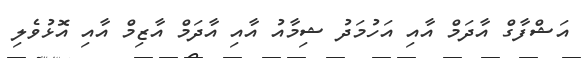
އަޝްފާގް އާދަމް އާއި އަހުމަދު ޝިމާއު އާއި އާދަމް އާޒިމް އާއި އޮޅުވެލި